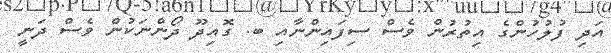
އަދި ފުލުހުންގެ އިތުރުން ވެސް ސިފައިންނާއި ބ. ގޮއިދޫ ދޯންނަކުން ވެސް ދަނީ